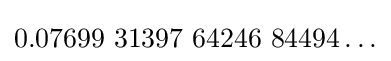
0{.}07699{\text{ }}31397{\text{ }}64246{\text{ }}84494\ldots